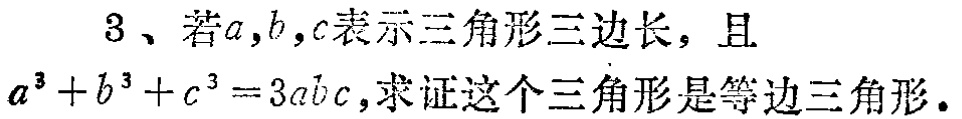
3、若\(a,b,c\)表示三角形三边长，且\(a^{3}+b^{3}+c^{3}=3abc\)，求证这个三角形是等边三角形。